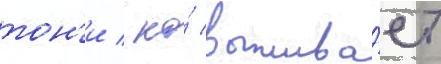
тон'и / но́ выжива́ет